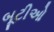
બૂટીઓ